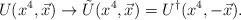
LaTeX: \begin{align*}U(x^4,\vec{x})\rightarrow \tilde{U}(x^4,\vec{x}) = U^\dagger(x^4,-\vec{x}).\end{align*}